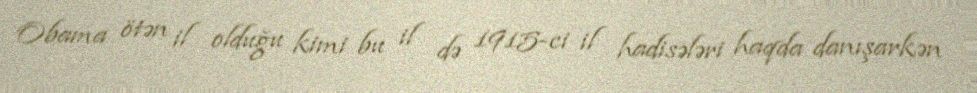
Obama ötən il olduğu kimi bu il də 1915-ci il hadisələri haqda danışarkən